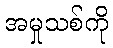
အမှုသစ်ကို